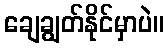
ချေချွတ်နိုင်မှာပဲ။